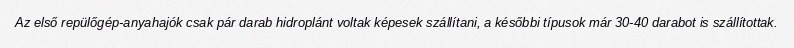
Az első repülőgép-anyahajók csak pár darab hidroplánt voltak képesek szállítani, a későbbi típusok már 30-40 darabot is szállítottak.